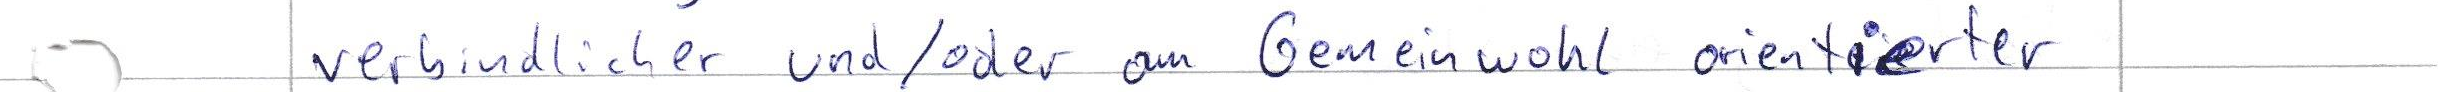
verbindlicher und / oder am Gemeinwohl orientierter